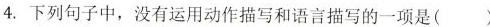
4.下列句子中，没有运用动作描写和语言描写的一项是()